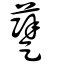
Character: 𨇨